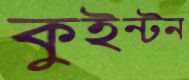
কুইন্টন